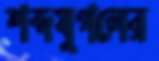
শব্দযুগলের